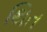
થિત